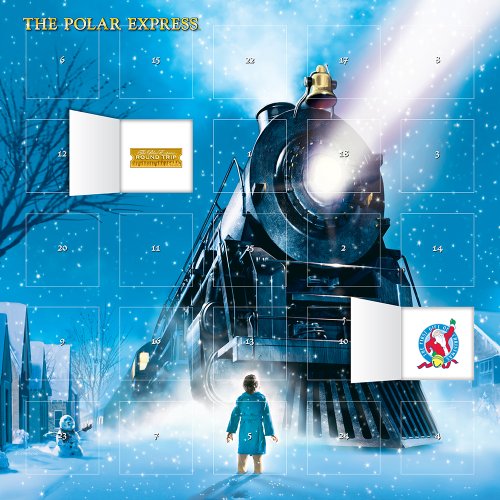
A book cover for Polar Express, The 2015 Square 12x12 Advent; BrownTrout; Calendars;